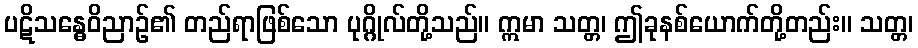
ပဋိသန္ဓေဝိညာဉ်၏ တည်ရာဖြစ်သော ပုဂ္ဂိုလ်တို့သည်။ ဣမာ သတ္တ၊ ဤခုနစ်ယောက်တို့တည်း။ သတ္တ၊